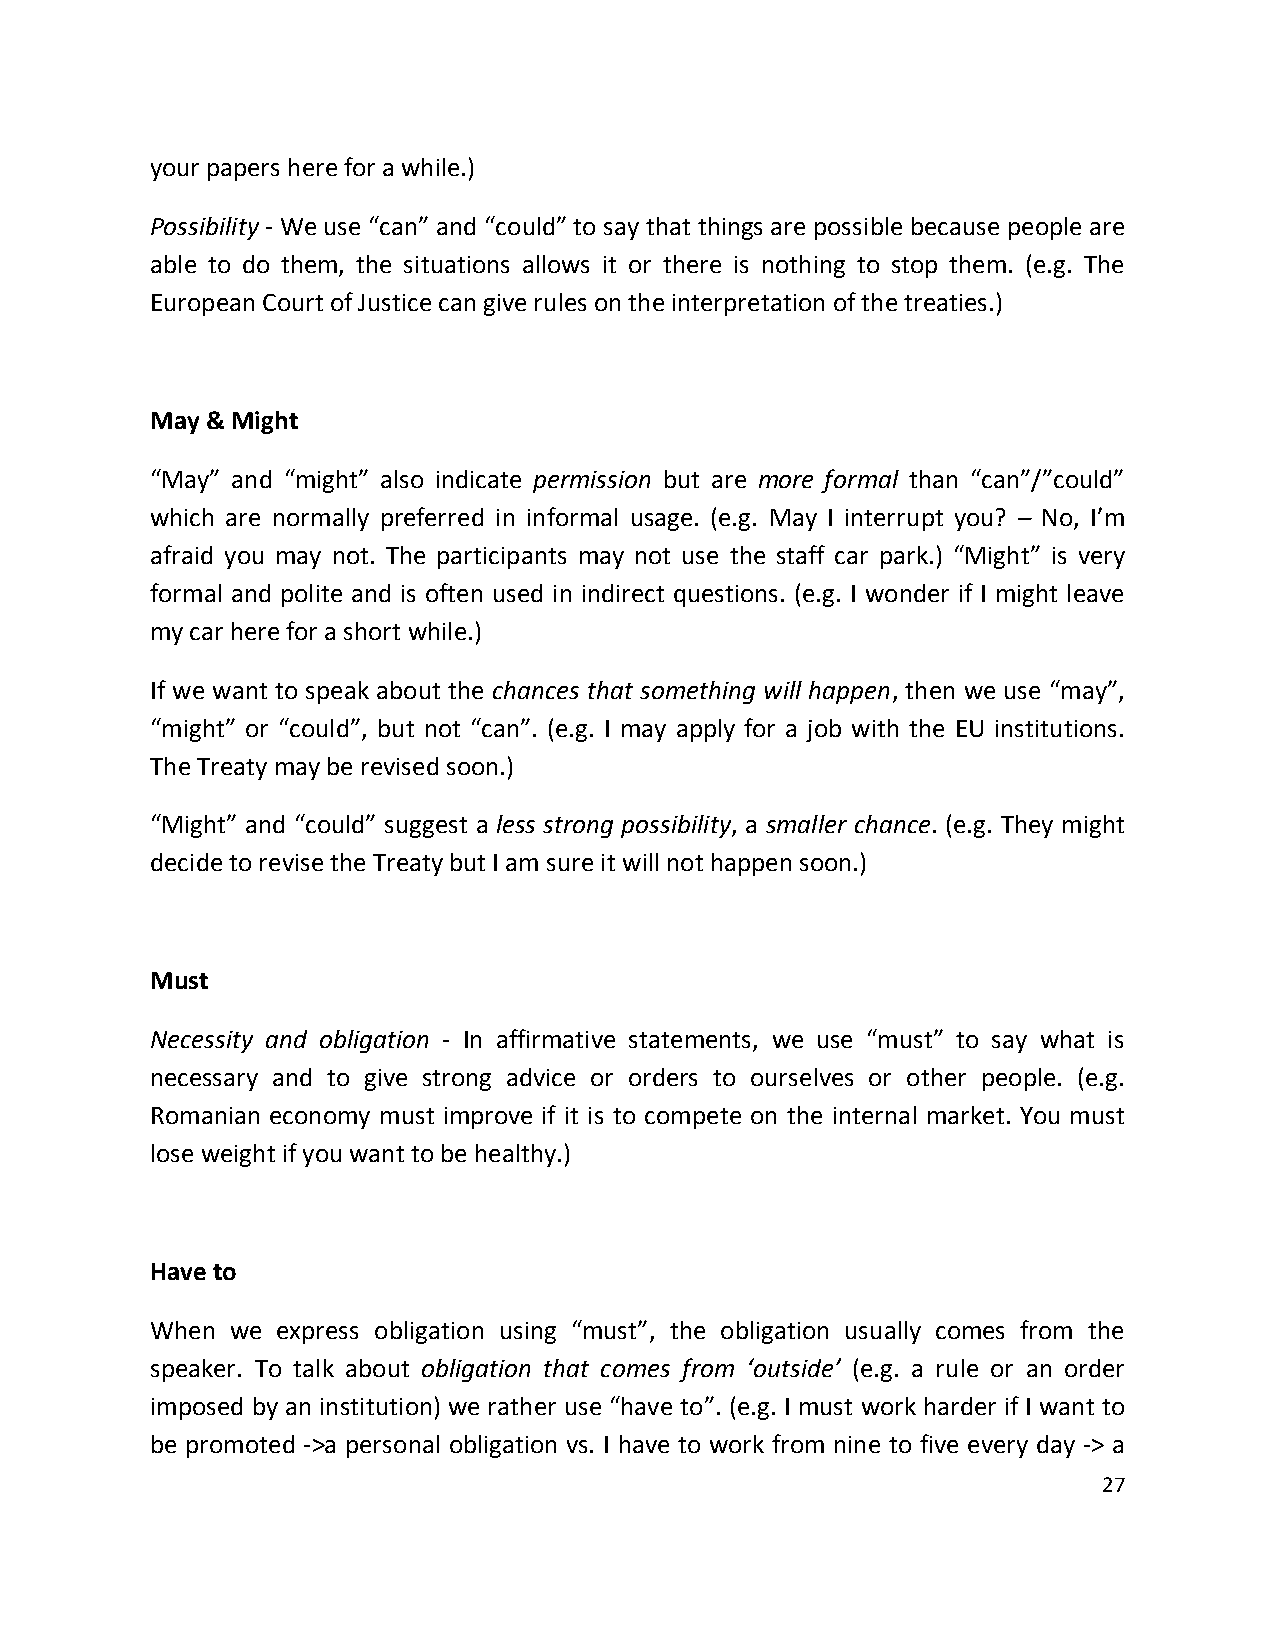
your papers here for a while.)
 Possibility - We use “can” and “could” to say that things are possible because people are
 able to do them, the situations allows it or there is nothing to stop them. (e.g. The
 European Court of Justice can give rules on the interpretation of the treaties.)
 May & Might
 “May” and “might” also indicate permission but are more formal than “can”/”could”
 which are normally preferred in informal usage. (e.g. May I interrupt you? – No, I’m
 afraid you may not. The participants may not use the staff car park.) “Might” is very
 formal and polite and is often used in indirect questions. (e.g. I wonder if I might leave
 my car here for a short while.)
 If we want to speak about the chances that something will happen, then we use “may”,
 “might” or “could”, but not “can”. (e.g. I may apply for a job with the EU institutions.
 The Treaty may be revised soon.)
 “Might” and “could” suggest a less strong possibility, a smaller chance. (e.g. They might
 decide to revise the Treaty but I am sure it will not happen soon.)
 Must
 Necessity and obligation - In affirmative statements, we use “must” to say what is
 necessary and to give strong advice or orders to ourselves or other people. (e.g.
 Romanian economy must improve if it is to compete on the internal market. You must
 lose weight if you want to be healthy.)
 Have to
 When we express obligation using “must”, the obligation usually comes from the
 speaker. To talk about obligation that comes from ‘outside’ (e.g. a rule or an order
 imposed by an institution) we rather use “have to”. (e.g. I must work harder if I want to
 be promoted ->a personal obligation vs. I have to work from nine to five every day -> a
 27